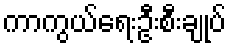
ကာကွယ်ရေးဦးစီးချုပ်